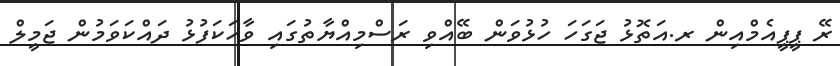
ރޭ ޕީޕީއެމްއިން ރ.އަތޮޅު ޖަގަހަ ހުޅުވަން ބޭއްވި ރަސްމިއްޔާތުގައި ވާހަކަފުޅު ދައްކަވަމުން ޖަމީލް